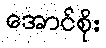
အောင်စိုး